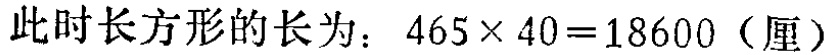
此时长方形的长为：\(465\times 40 = 18600\)（厘）